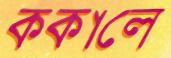
ককালে